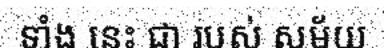
ទាំង នេះ ជា របស់ សម័យ